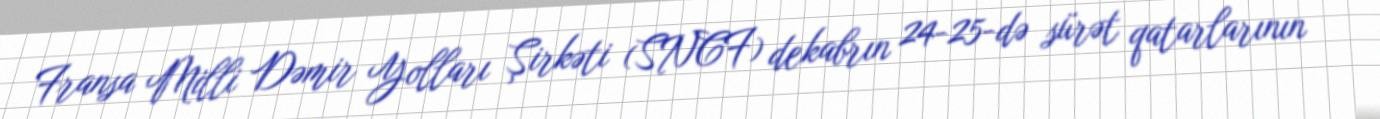
Fransa Milli Dəmir Yolları Şirkəti (SNCF) dekabrın 24-25-də sürət qatarlarının